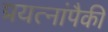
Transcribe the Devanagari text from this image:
प्रयत्नांपैकी